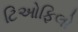
ટિઓફિલો